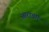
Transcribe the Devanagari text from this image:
आराचार